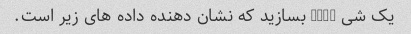
یک شی JSON بسازید که نشان دهنده داده های زیر است.